Civil Veterinary Dept. North-West Frontier Province 1923-32 - 1923-1932
Year: 1923
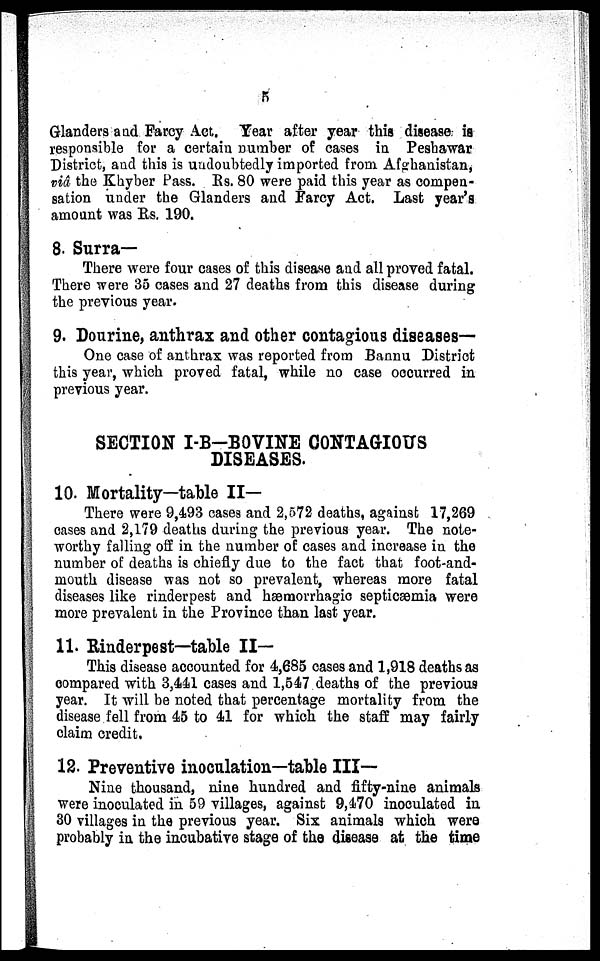
5
Glanders and Farcy Act. Year after year this disease is
responsible for a certain number of cases in Peshawar
District, and this is undoubtedly imported from Afghanistan,
viâ the Khyber Pass. Rs. 80 were paid this year as compen-
sation under the Glanders and Farcy Act. Last year's
amount was Rs. 190.
8. Surra-
There were four cases of this disease and all proved fatal.
There were 35 cases and 27 deaths from this disease during
the previous year.
9. Dourine, anthrax and other contagious diseases-
One case of anthrax was reported from Bannu District
this year, which proved fatal, while no case occurred in
previous year.
SECTION I-B-BOVINE CONTAGIOUS
DISEASES.
10. Mortality—table II—
There were 9,493 cases and 2,572 deaths, against 17,269
cases and 2,179 deaths during the previous year. The note-
worthy falling off in the number of cases and increase in the
number of deaths is chiefly due to the fact that foot-and-
mouth disease was not so prevalent, whereas more fatal
diseases like rinderpest and hæmorrhagic septicæmia were
more prevalent in the Province than last year.
11. Rinderpest—table II—
This disease accounted for 4,685 cases and 1,918 deaths as
compared with 3,441 cases and 1,547 deaths of the previous
year. It will be noted that percentage mortality from the
disease fell from 45 to 41 for which the staff may fairly
claim credit.
12. Preventive inoculation—table III—
Nine thousand, nine hundred and fifty-nine animals
were inoculated in 59 villages, against 9,470 inoculated in
30 villages in the previous year. Six animals which were
probably in the incubative stage of the disease at the time